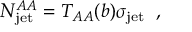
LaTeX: N _ { \mathrm { j e t } } ^ { A A } = T _ { A A } ( b ) \sigma _ { \mathrm { j e t } } \; \; ,